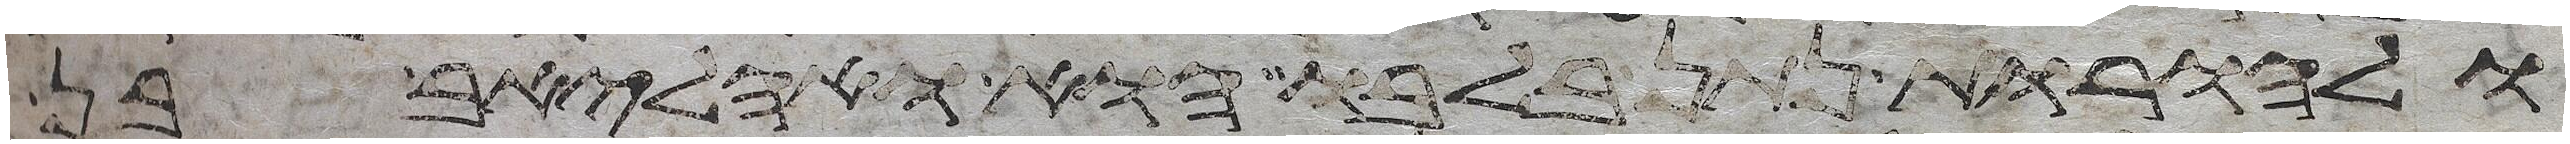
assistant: ולהורות נתן בלבו הוא ואהליאב בן